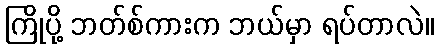
ကြိုပို့ ဘတ်စ်ကားက ဘယ်မှာ ရပ်တာလဲ။